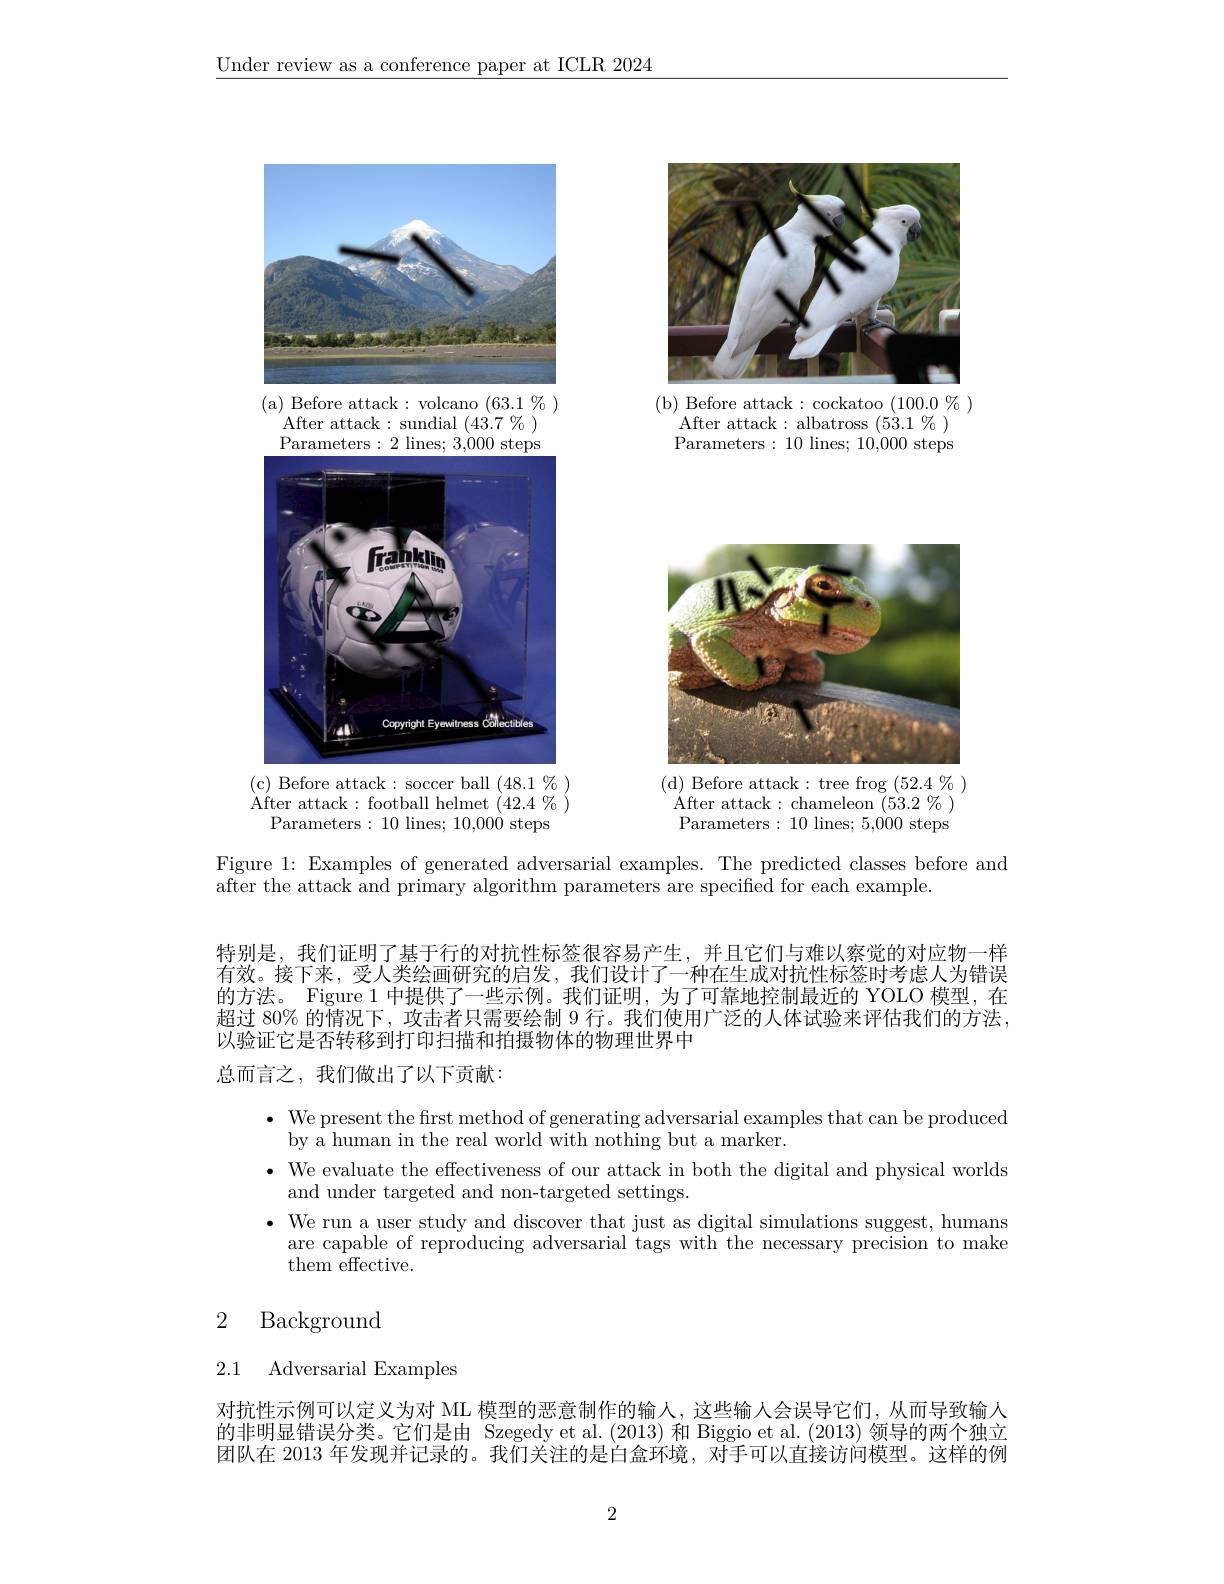
$\underline{\text{Under review as a conference paper at ICLR 2024}}$

<FigureHere>
(b) Before attack: cockatoo (100.0%)

<FigureHere>
(a) Before attack: volcano $(63.1\not\%)$

After attack: sundial $( 43. 7\% )$ Parameters: 2 lines; 3,000 steps

After attack: albatross ( 53. 1 $\%$ ) Parameters: 10 lines; 10,000 steps

<FigureHere>

<FigureHere>
(d) Before attack: tree frog$(52.4\%)$

$\mathop{\mathrm{After~attack:~football~helmet~(42.4~\%~)}}$
Parameters: 10 lines; 10,000 steps

$\mathop{\mathrm{After~attack:~chameleon~(53.2~\%~)}}$ Parameters: 10 lines; 5,000 steps'

Figure 1: Examples of generated adversarial examples. The predicted classes before and
after the attack and primary algorithm parameters are specified for each example.

特别是，我们证明了基于行的对抗性标签很容易产生，并且它们与难以察觉的对应物一样有效。接下来，受人类绘画研究的启发，我们设计了一种在生成对抗性标签时考虑人为错误的方法。Figure 1 中提供了一些示例。我们证明，为了可靠地控制最近的 YOLO 模型，在超过 80% 的情况下，攻击者只需要绘制 9 行。我们使用广泛的人体试验来评估我们的方法， 以验证它是否转移到打印扫描和拍摄物体的物理世界中
总而言之，我们做出了以下贡献：

$\bullet$ We present the first method of generating adversarial examples that can be produced
by a human in the real world with nothing but a marker.
· We evaluate the effectiveness of our attack in both the digital and physical worlds
and under targeted and non-targeted settings.
$\cdot$ We run a user study and discover that just as digital simulations suggest, humans
are capable of reproducing adversarial tags with the necessary precision to make
them effective.

# 2 Background

2.1 Adversarial Examples

对抗性示例可以定义为对 ML 模型的恶意制作的输人，这些输入会误导它们，从而导致输人的非明显错误分类。它们是由 Szegedy et al.(2013) 和 Biggio et al.(2013) 领导的两个独立团队在 2013 年发现并记录的。我们关注的是白盒环境，对手可以直接访问模型。这样的例

2